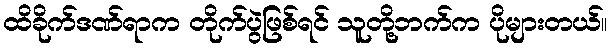
ထိခိုက်ဒဏ်ရာက တိုက်ပွဲဖြစ်ရင် သူတို့ဘက်က ပိုများတယ်။